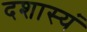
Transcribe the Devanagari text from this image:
दशास्यं